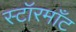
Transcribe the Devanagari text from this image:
स्टॉरमाँट